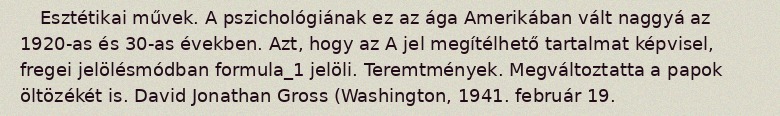
Esztétikai művek. A pszichológiának ez az ága Amerikában vált naggyá az 1920-as és 30-as években. Azt, hogy az A jel megítélhető tartalmat képvisel, fregei jelölésmódban formula_1 jelöli. Teremtmények. Megváltoztatta a papok öltözékét is. David Jonathan Gross (Washington, 1941. február 19.